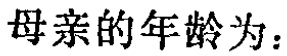
母亲的年龄为：